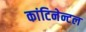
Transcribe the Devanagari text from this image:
कांटिनेन्टल